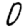
Digit: 0